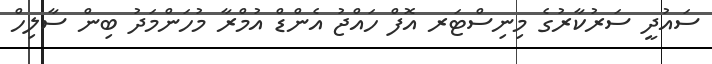
ސައުދީ ސަރުކާރުގެ މިނިސްޓަރ އޮފް ހައްޖު އެންޑް އުމްރާ މުހަންމަދު ބިން ސާލިހް